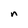
Character: n